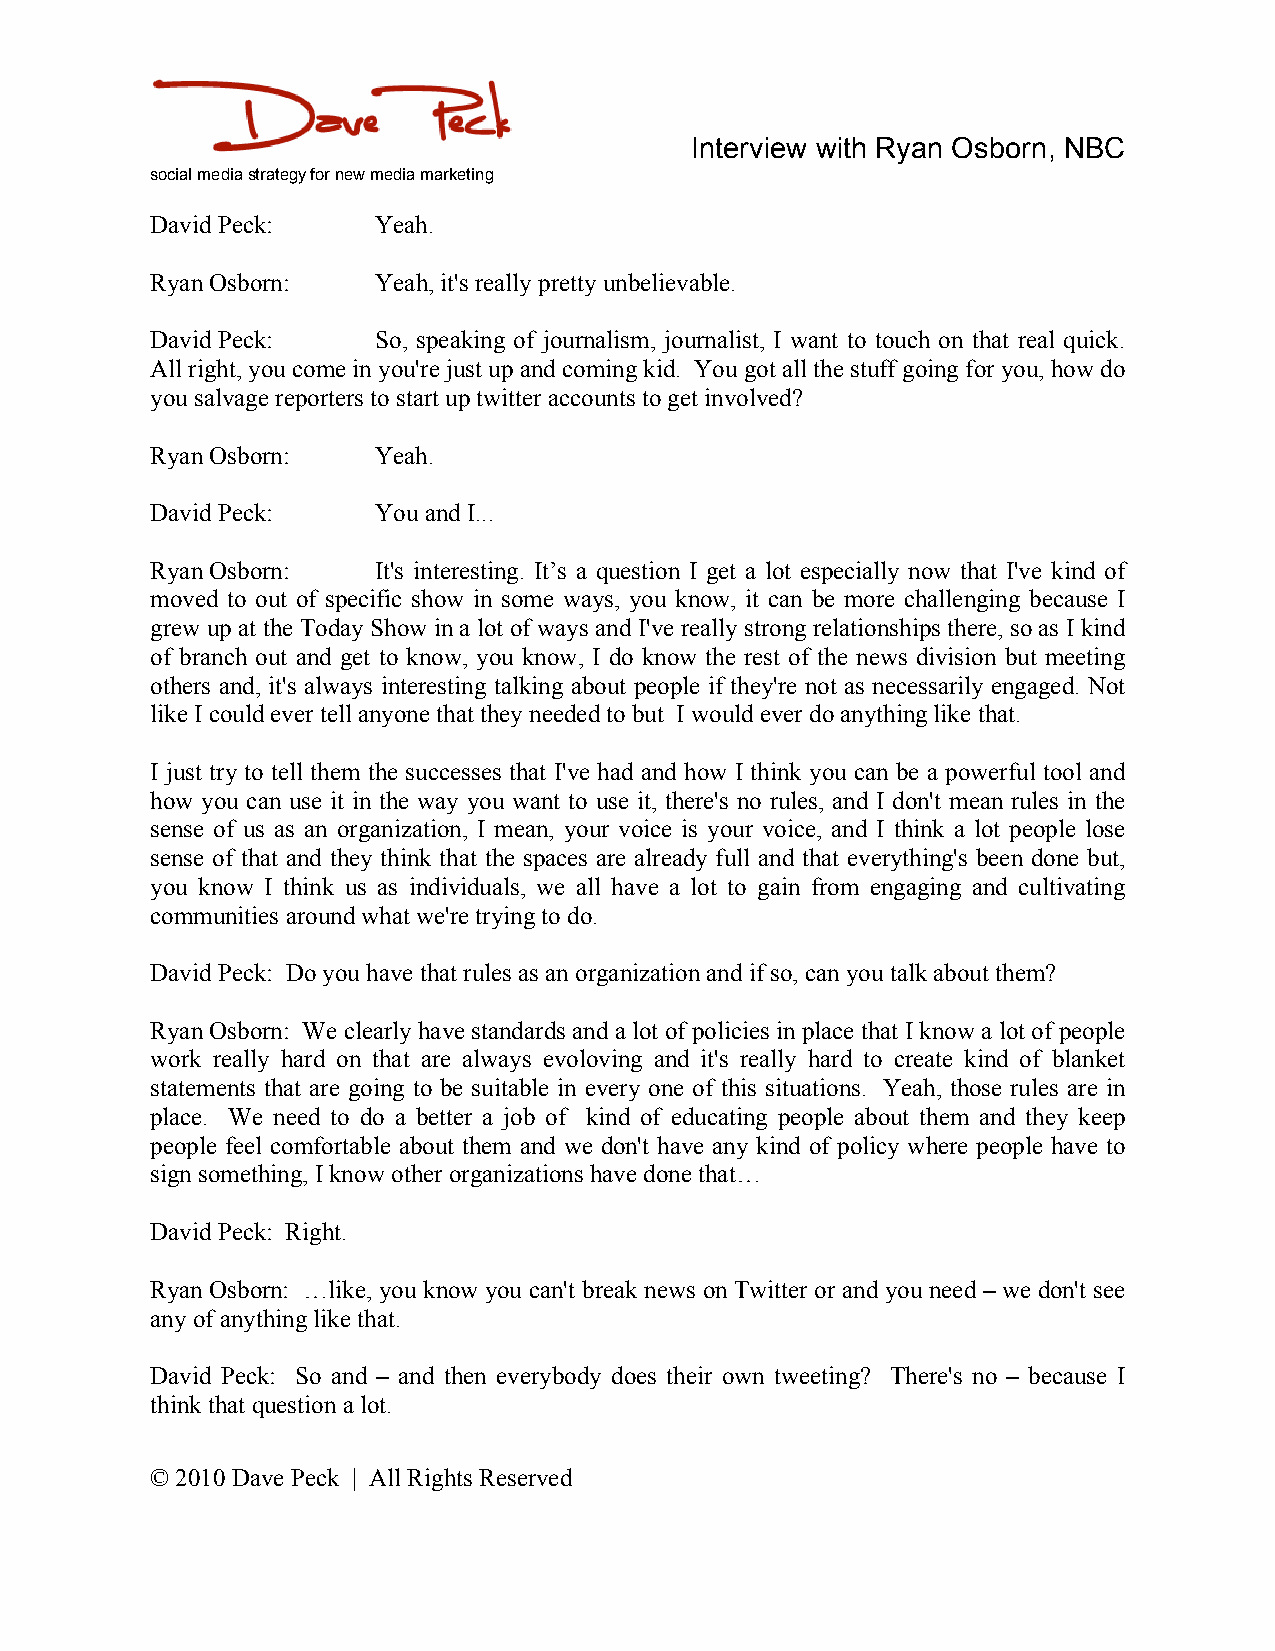
Interview with Ryan Osborn, NBC
 social media strategy for new media marketing
 David Peck:    Yeah.
 Ryan Osborn:   Yeah, it's really pretty unbelievable.
 David Peck:    So, speaking of journalism, journalist, I want to touch on that real quick.
 All right, you come in you're just up and coming kid. You got all the stuff going for you, how do
 you salvage reporters to start up twitter accounts to get involved?
 Ryan Osborn:   Yeah.
 David Peck:    You and I...
 Ryan Osborn:   It's interesting. It’s a question I get a lot especially now that I've kind of
 moved to out of specific show in some ways, you know, it can be more challenging because I
 grew up at the Today Show in a lot of ways and I've really strong relationships there, so as I kind
 of branch out and get to know, you know, I do know the rest of the news division but meeting
 others and, it's always interesting talking about people if they're not as necessarily engaged. Not
 like I could ever tell anyone that they needed to but I would ever do anything like that.
 I just try to tell them the successes that I've had and how I think you can be a powerful tool and
 how you can use it in the way you want to use it, there's no rules, and I don't mean rules in the
 sense of us as an organization, I mean, your voice is your voice, and I think a lot people lose
 sense of that and they think that the spaces are already full and that everything's been done but,
 you know I think us as individuals, we all have a lot to gain from engaging and cultivating
 communities around what we're trying to do.
 David Peck: Do you have that rules as an organization and if so, can you talk about them?
 Ryan Osborn: We clearly have standards and a lot of policies in place that I know a lot of people
 work really hard on that are always evoloving and it's really hard to create kind of blanket
 statements that are going to be suitable in every one of this situations. Yeah, those rules are in
 place. We need to do a better a job of kind of educating people about them and they keep
 people feel comfortable about them and we don't have any kind of policy where people have to
 sign something, I know other organizations have done that…
 David Peck: Right.
 Ryan Osborn: …like, you know you can't break news on Twitter or and you need – we don't see
 any of anything like that.
 David Peck: So and – and then everybody does their own tweeting? There's no – because I
 think that question a lot.
 © 2010 Dave Peck | All Rights Reserved